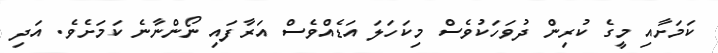
ކަމަށާއި މީގެ ކުރިން ދުވަހަކުވެސް މިކަހަލަ އަޑެއްވެސް އަރާފައި ނޯންނާނެ ކަމަށެވެ. އަދި